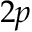
2 p